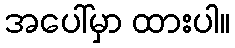
အပေါ်မှာ ထားပါ။